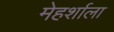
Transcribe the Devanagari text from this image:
मेहर्शाला